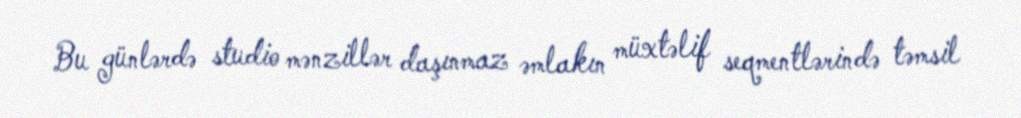
Bu günlərdə studio mənzillər daşınmaz əmlakın müxtəlif seqmentlərində təmsil